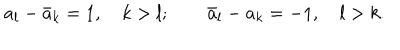
a _ { l } - \bar { a } _ { k } = 1 , \quad k > l ; \quad \quad \bar { a } _ { l } - a _ { k } = - 1 , \quad l > k .